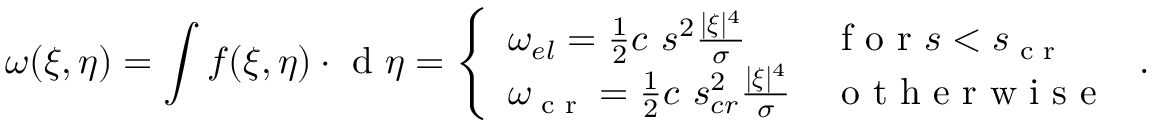
\omega ( \boldsymbol { \xi } , \boldsymbol { \eta } ) = \int \boldsymbol { f } ( \boldsymbol { \xi } , \boldsymbol { \eta } ) \cdot \textup { d } \boldsymbol { \eta } = \left\{ \begin{array} { l l } { \omega _ { e l } = \frac { 1 } { 2 } c \ s ^ { 2 } \frac { | \boldsymbol { \xi } | ^ { 4 } } { \sigma } } & { \textup { f o r } s < s _ { \textup { c r } } } \\ { \omega _ { \textup { c r } } = \frac { 1 } { 2 } c \ s _ { c r } ^ { 2 } \frac { | \boldsymbol { \xi } | ^ { 4 } } { \sigma } } & { \textup { o t h e r w i s e } } \end{array} \right. .